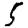
Digit: 5